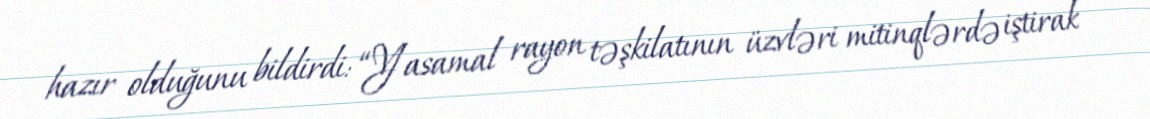
hazır olduğunu bildirdi: “Yasamal rayon təşkilatının üzvləri mitinqlərdə iştirak